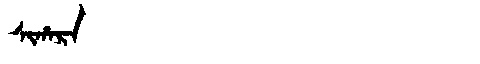
Manchu: ᠰᡳᡥᠠᡵᠠ
Romanization: SIHARA